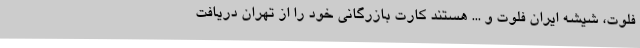
فلوت، شیشه ایران فلوت و ... هستند کارت بازرگانی خود را از تهران دریافت